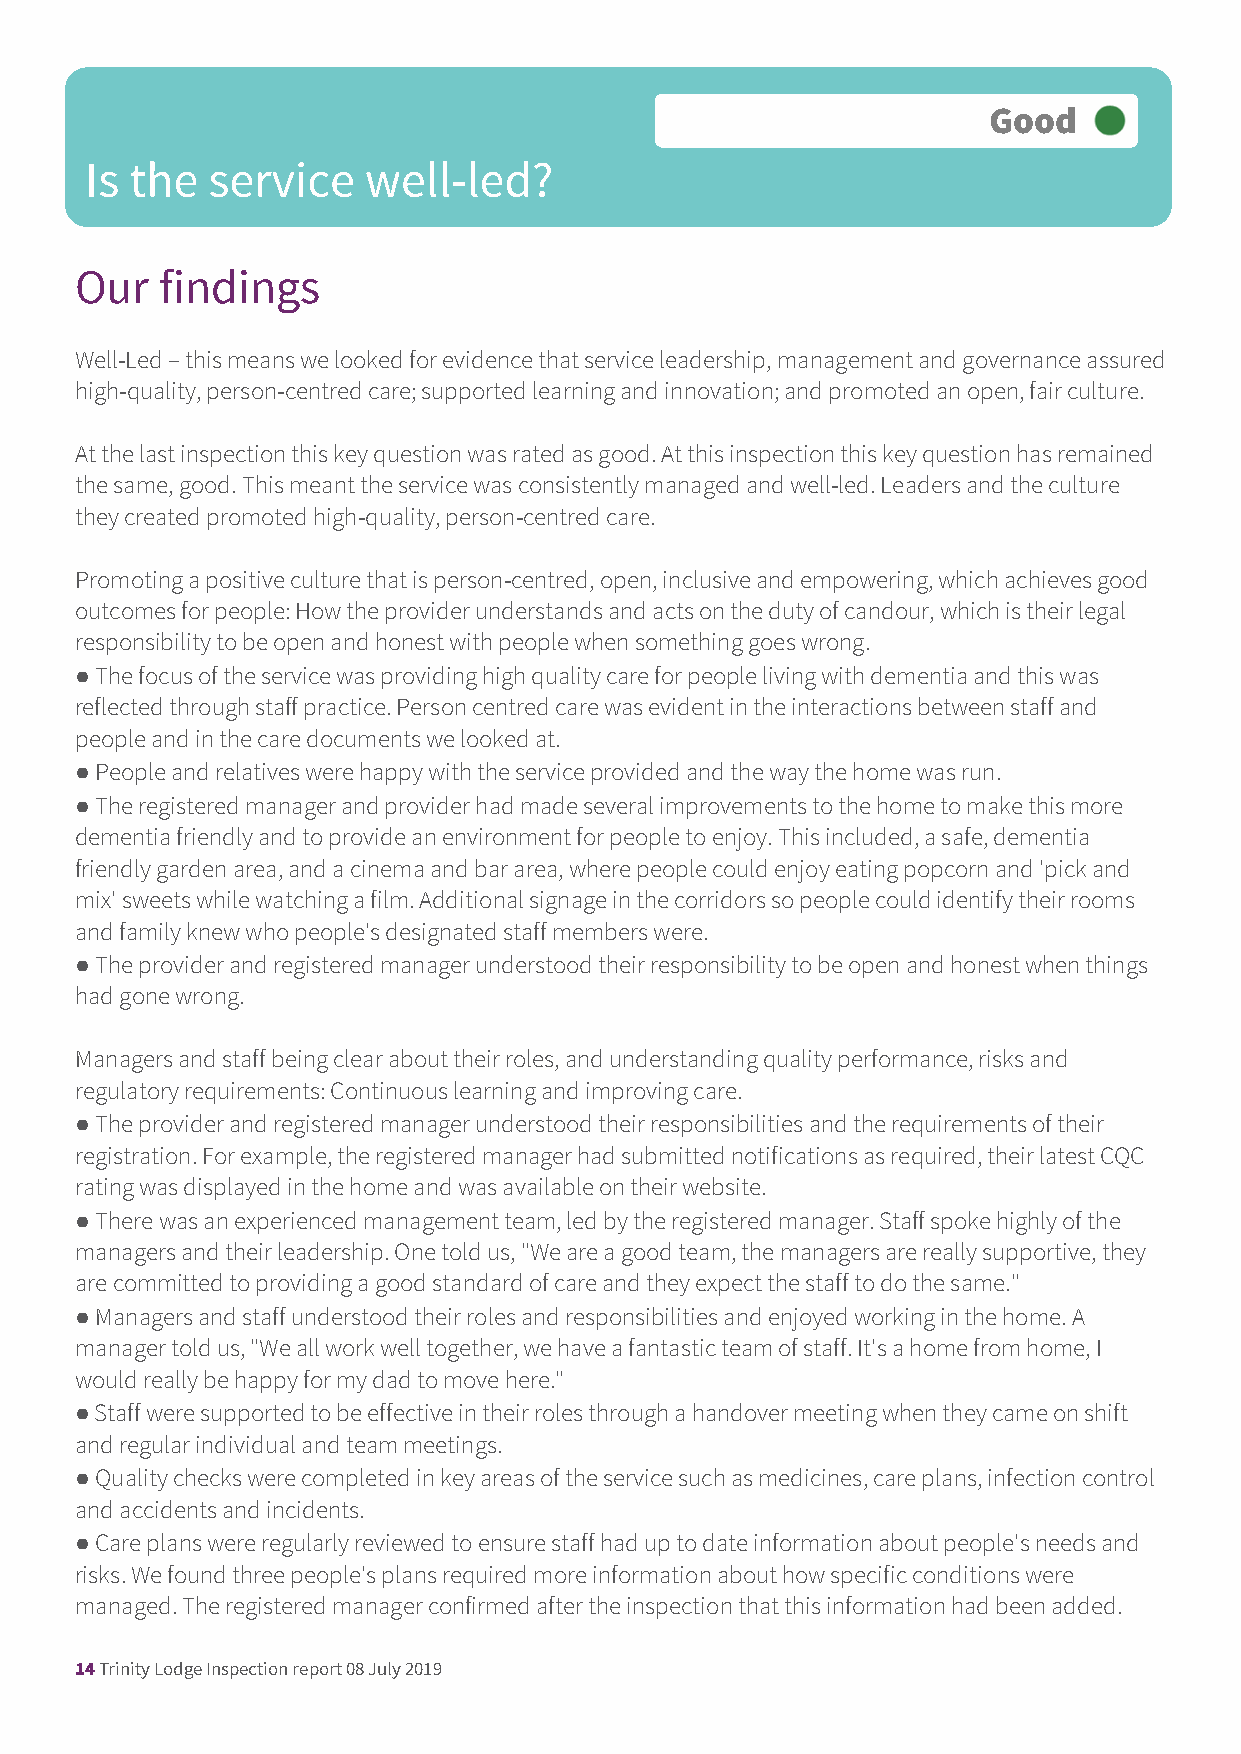
Good
 Is the  service   well-led?
 Our   findings
 Well-Led – this means we looked for evidence that service leadership, management and governance assured
 high-quality, person-centred care; supported learning and innovation; and promoted an open, fair culture.
 At the last inspection this key question was rated as good. At this inspection this key question has remained
 the same, good. This meant the service was consistently managed and well-led. Leaders and the culture
 they created promoted high-quality, person-centred care.
 Promoting a positive culture that is person-centred, open, inclusive and empowering, which achieves good
 outcomes for people: How the provider understands and acts on the duty of candour, which is their legal
 responsibility to be open and honest with people when something goes wrong.
 ● The focus of the service was providing high quality care for people living with dementia and this was
 reflected through staff practice. Person centred care was evident in the interactions between staff and
 people and in the care documents we looked at.
 ● People and relatives were happy with the service provided and the way the home was run.
 ● The registered manager and provider had made several improvements to the home to make this more
 dementia friendly and to provide an environment for people to enjoy. This included, a safe, dementia
 friendly garden area, and a cinema and bar area, where people could enjoy eating popcorn and 'pick and
 mix' sweets while watching a film. Additional signage in the corridors so people could identify their rooms
 and family knew who people's designated staff members were.
 ● The provider and registered manager understood their responsibility to be open and honest when things
 had gone wrong.
 Managers and staff being clear about their roles, and understanding quality performance, risks and
 regulatory requirements: Continuous learning and improving care.
 ● The provider and registered manager understood their responsibilities and the requirements of their
 registration. For example, the registered manager had submitted notifications as required, their latest CQC
 rating was displayed in the home and was available on their website.
 ● There was an experienced management team, led by the registered manager. Staff spoke highly of the
 managers and their leadership. One told us, "We are a good team, the managers are really supportive, they
 are committed to providing a good standard of care and they expect the staff to do the same."
 ● Managers and staff understood their roles and responsibilities and enjoyed working in the home. A
 manager told us, "We all work well together, we have a fantastic team of staff. It's a home from home, I
 would really be happy for my dad to move here."
 ● Staff were supported to be effective in their roles through a handover meeting when they came on shift
 and regular individual and team meetings.
 ● Quality checks were completed in key areas of the service such as medicines, care plans, infection control
 and accidents and incidents.
 ● Care plans were regularly reviewed to ensure staff had up to date information about people's needs and
 risks. We found three people's plans required more information about how specific conditions were
 managed. The registered manager confirmed after the inspection that this information had been added.
 14 Trinity Lodge Inspection report 08 July 2019